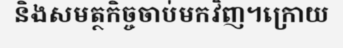
និងសមត្ថកិច្ចចាប់មកវិញ។ក្រោយ